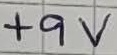
Text: +9V